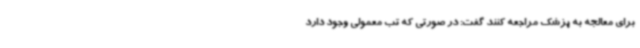
برای معالجه به پزشک مراجعه کنند گفت: در صورتی که تب معمولی وجود دارد